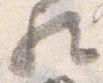
歟